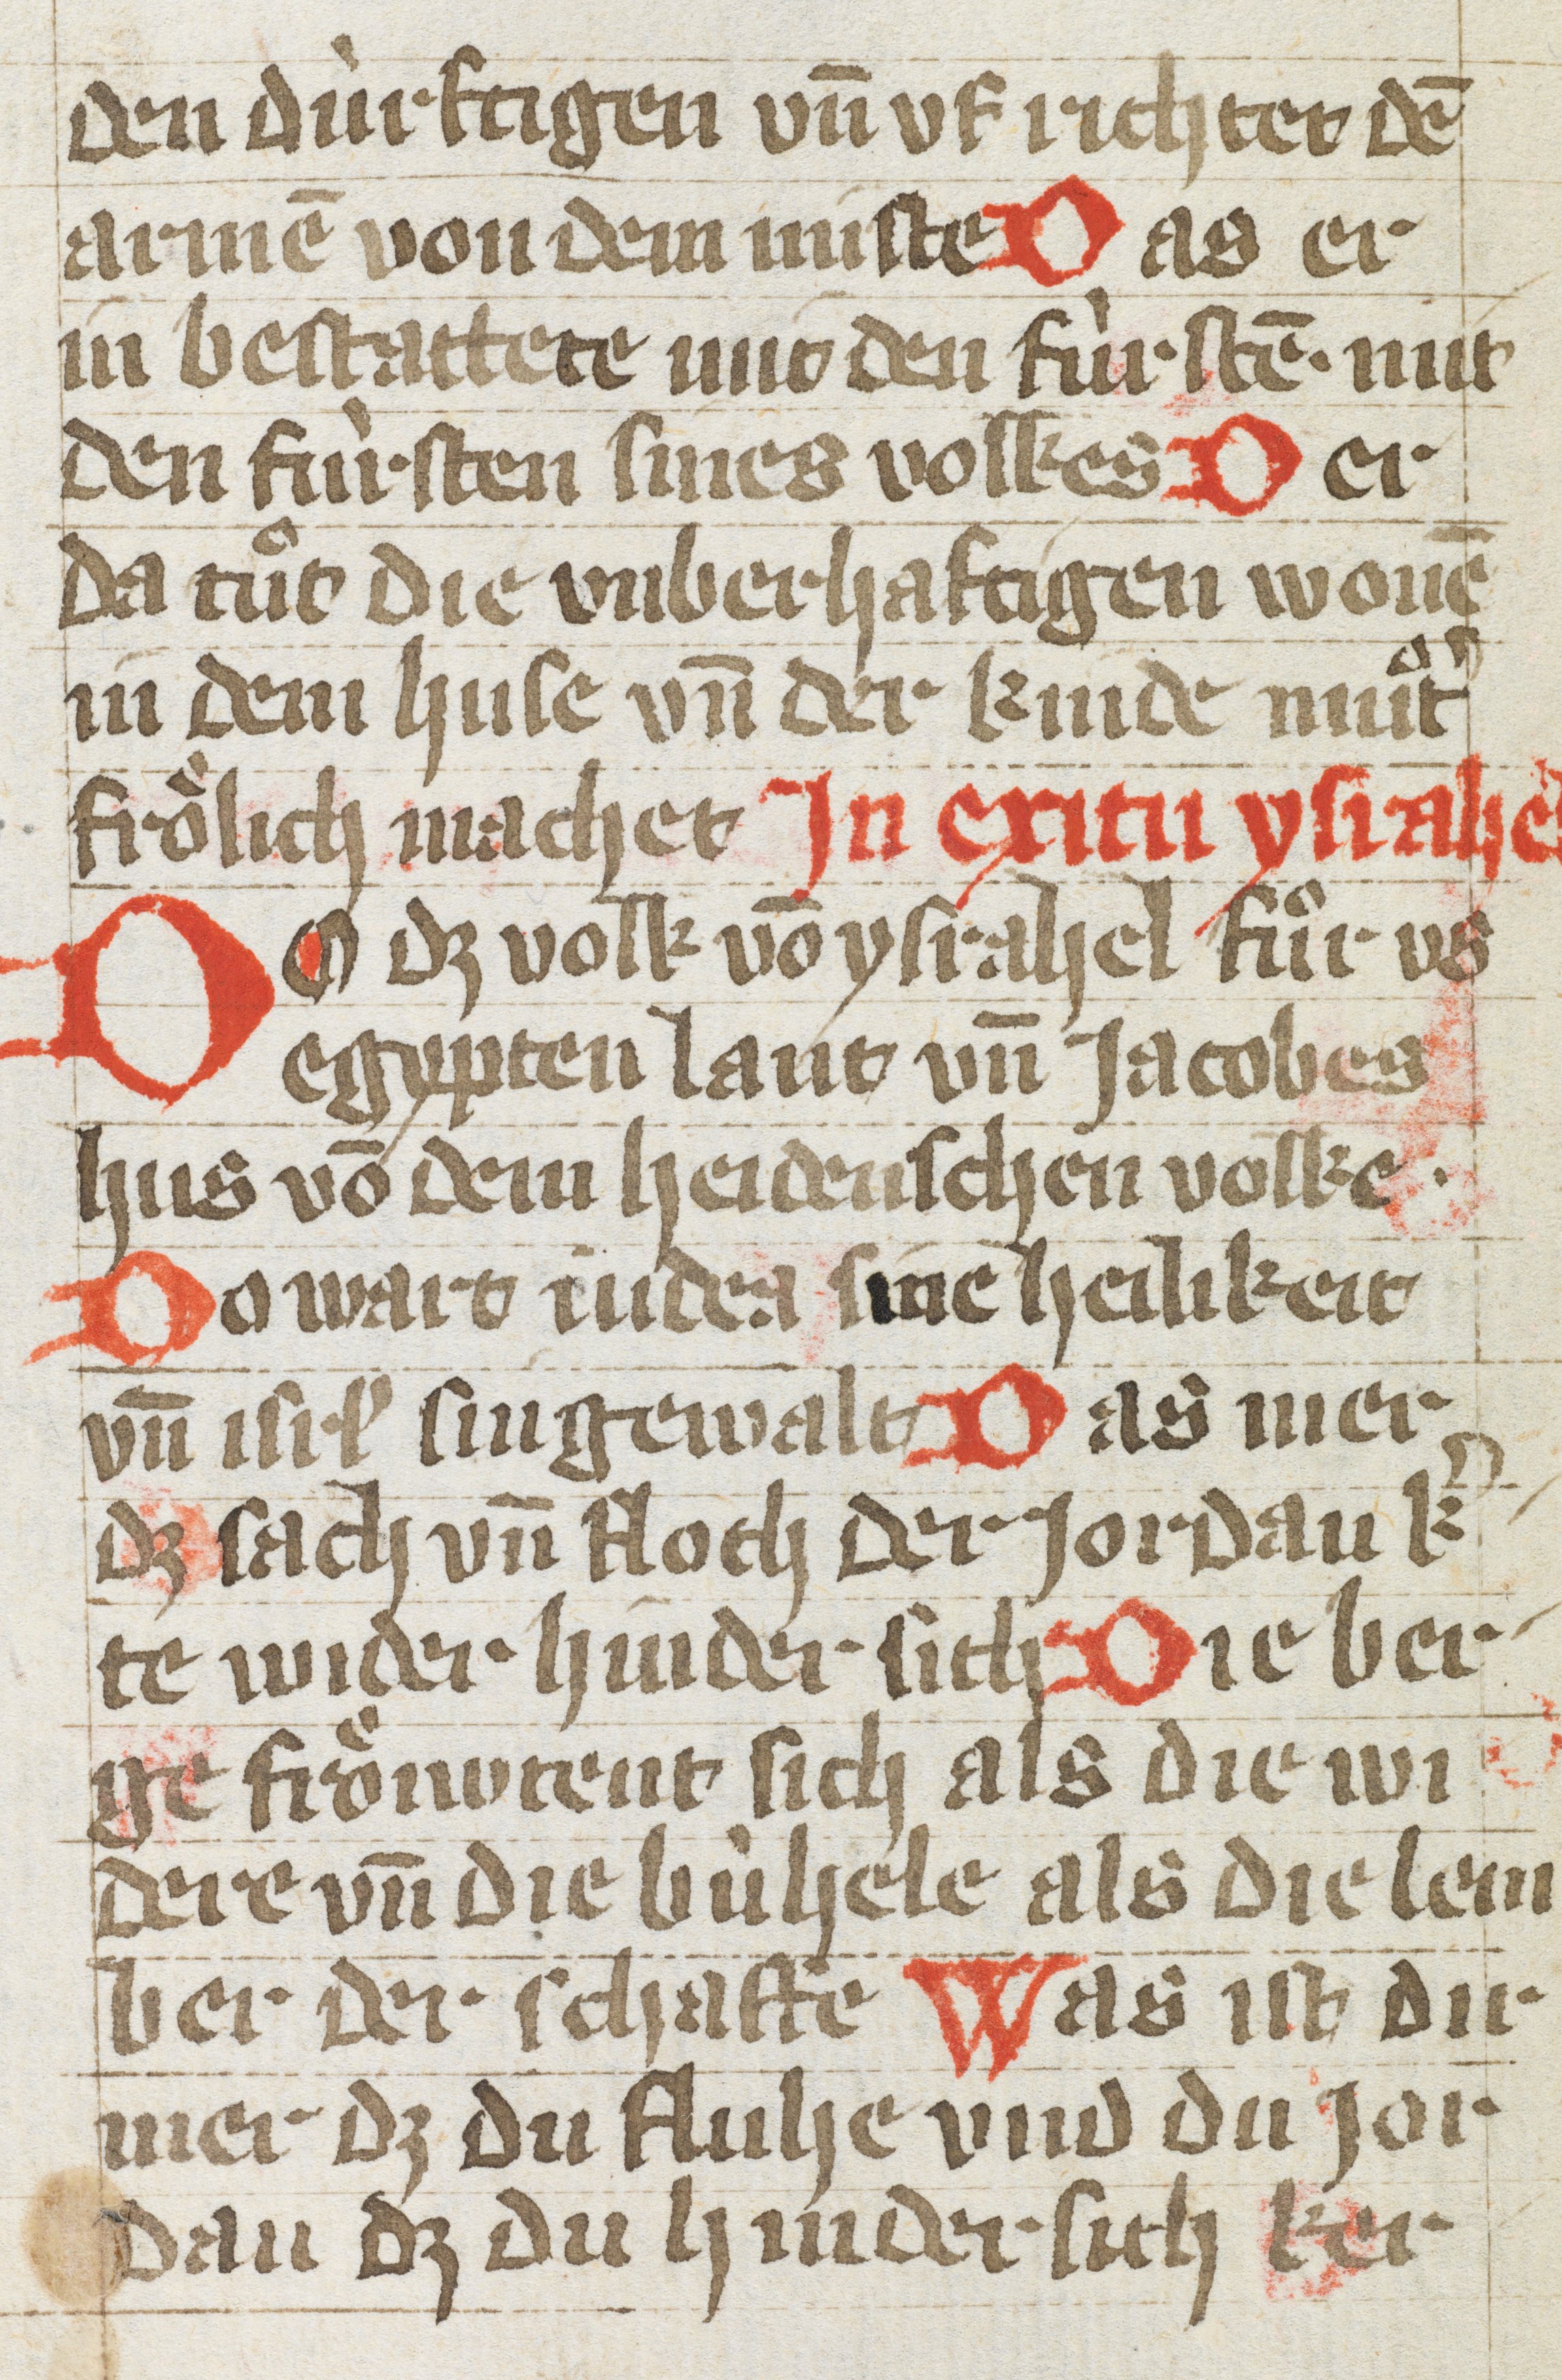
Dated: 1400–1430